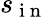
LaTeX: s_{\mathrm{~i~n~}}